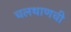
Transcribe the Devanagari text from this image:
चलथाणची